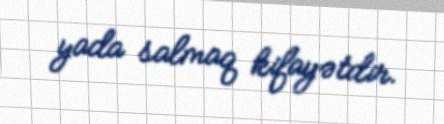
yada salmaq kifayətdir.